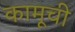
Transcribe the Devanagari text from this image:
कामूची